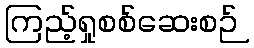
ကြည့်ရှုစစ်ဆေးစဉ်